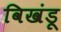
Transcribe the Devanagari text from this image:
विखंडू